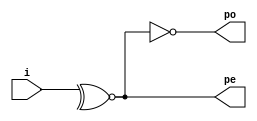
module parity_74280(i, pe, po);
	input [8:0] i;
	output pe, po;

	assign #17 pe = ~^i;
	assign #3 po = ~pe;
endmodule